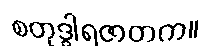
စတုဒွါရဇာတက။